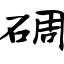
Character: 碉